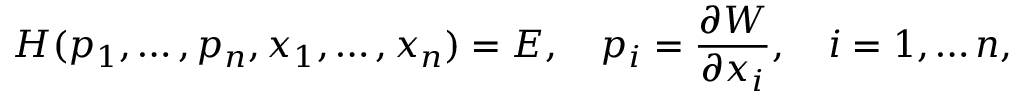
H ( p _ { 1 } , \ldots , p _ { n } , x _ { 1 } , \ldots , x _ { n } ) = E , \quad p _ { i } = { \frac { \partial W } { \partial x _ { i } } } , \quad i = 1 , \ldots n ,